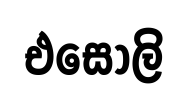
එසොලි